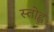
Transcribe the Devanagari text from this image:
स्तोह्ल